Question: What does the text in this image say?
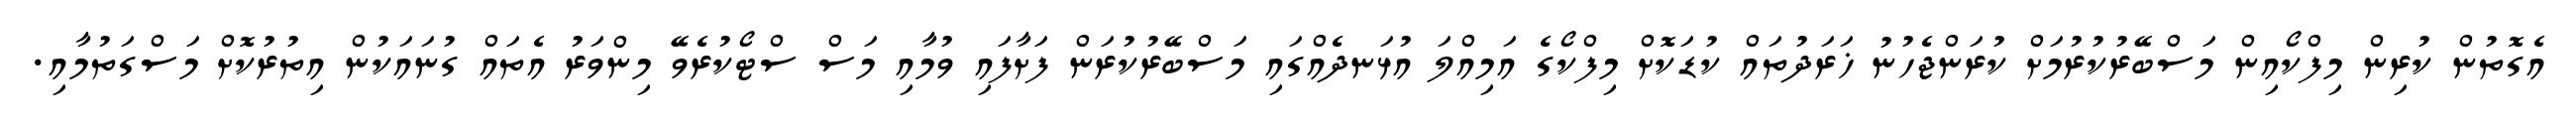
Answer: އެގޮތުން ކުރިން މިފްކޯއިން މަސްބޭރުކުރުމަށް ކުރަންޖެހުނު ޚަރަދުތައް ކުޑަކޮށް މިފްކޯގެ އަމިއްލަ އުޅަނދެއްގައި މަސްބޭރުކުރަން ފަށާފައި ވުމާއި މަސް ސްޓޯކުރެވޭ މިންވަރު އެތައް ގުނައަކުން އިތުރުކޮށް މަސްގަތުމާއި.